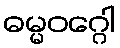
ဓမ္မဝဂ္ဂေါ